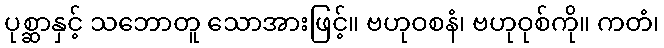
ပုစ္ဆာနှင့် သဘောတူ သောအားဖြင့်။ ဗဟုဝစနံ၊ ဗဟုဝုစ်ကို။ ကတံ၊